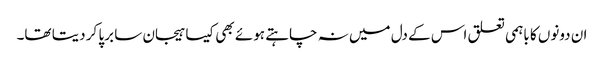
ان دونوں کا باہمی تعلق اس کے دل میں نہ چاہتے ہوئے بھی کیسا ہیجان سا برپا کر دیتا تھا۔